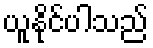
ယူနိုင်ပါသည်